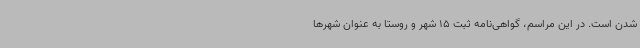
شدن است. در این مراسم، گواهی‌نامه ثبت 15 شهر و روستا به عنوان شهرها